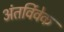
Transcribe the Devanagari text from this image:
अंतर्विवेक